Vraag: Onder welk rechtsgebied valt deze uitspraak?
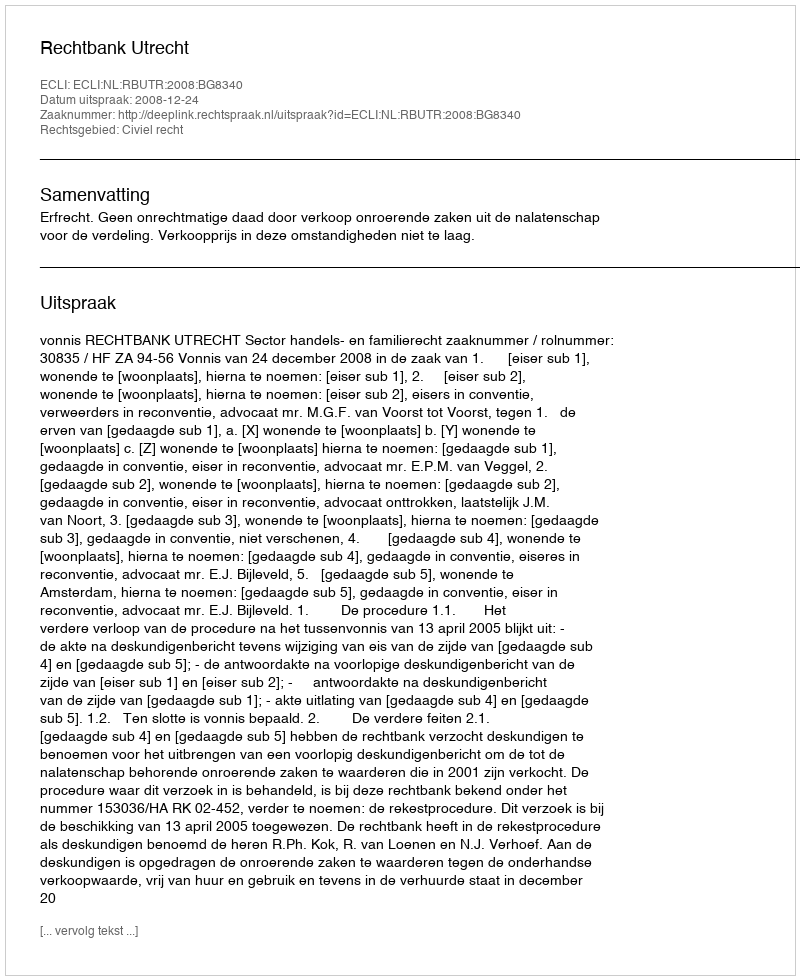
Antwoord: Civiel recht